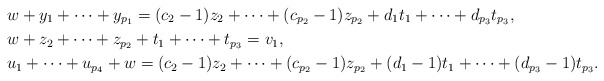
\begin{align*}&w+y_1+\cdots+y_{p_1}=(c_2-1)z_2+\cdots+(c_{p_2}-1)z_{p_2}+d_1t_1+\cdots+d_{p_3}t_{p_3}, \\&w+z_2+\cdots+z_{p_2}+t_1+\cdots+t_{p_3}=v_1, \\&u_1+\cdots+u_{p_4}+w=(c_2-1)z_2+\cdots+(c_{p_2}-1)z_{p_2}+(d_1-1)t_1+\cdots+(d_{p_3}-1)t_{p_3}. \end{align*}